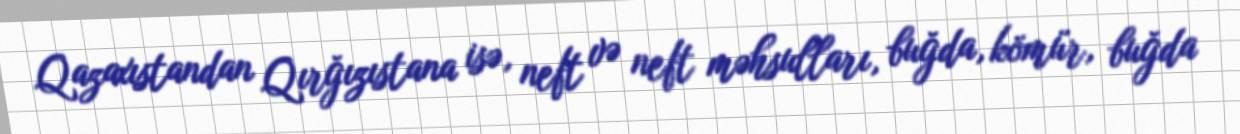
Qazaxıstandan Qırğızıstana isə, neft və neft məhsulları, buğda, kömür, buğda